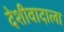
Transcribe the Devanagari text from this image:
देशीवादाला